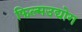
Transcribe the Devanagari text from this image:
फिल्मउद्योग